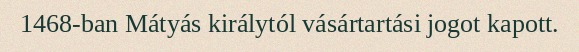
1468-ban Mátyás királytól vásártartási jogot kapott.